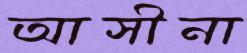
আসীনা